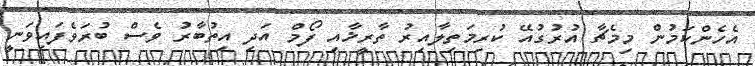
އެހެންކަމުން މިމެޗާ އުރުގުއޭ ކުރިމަތިލާއިރު ތާރީޚާއި ފޯމް އަދި އިތުބާރު ވެސް ބުރަވެފައިވަނީ